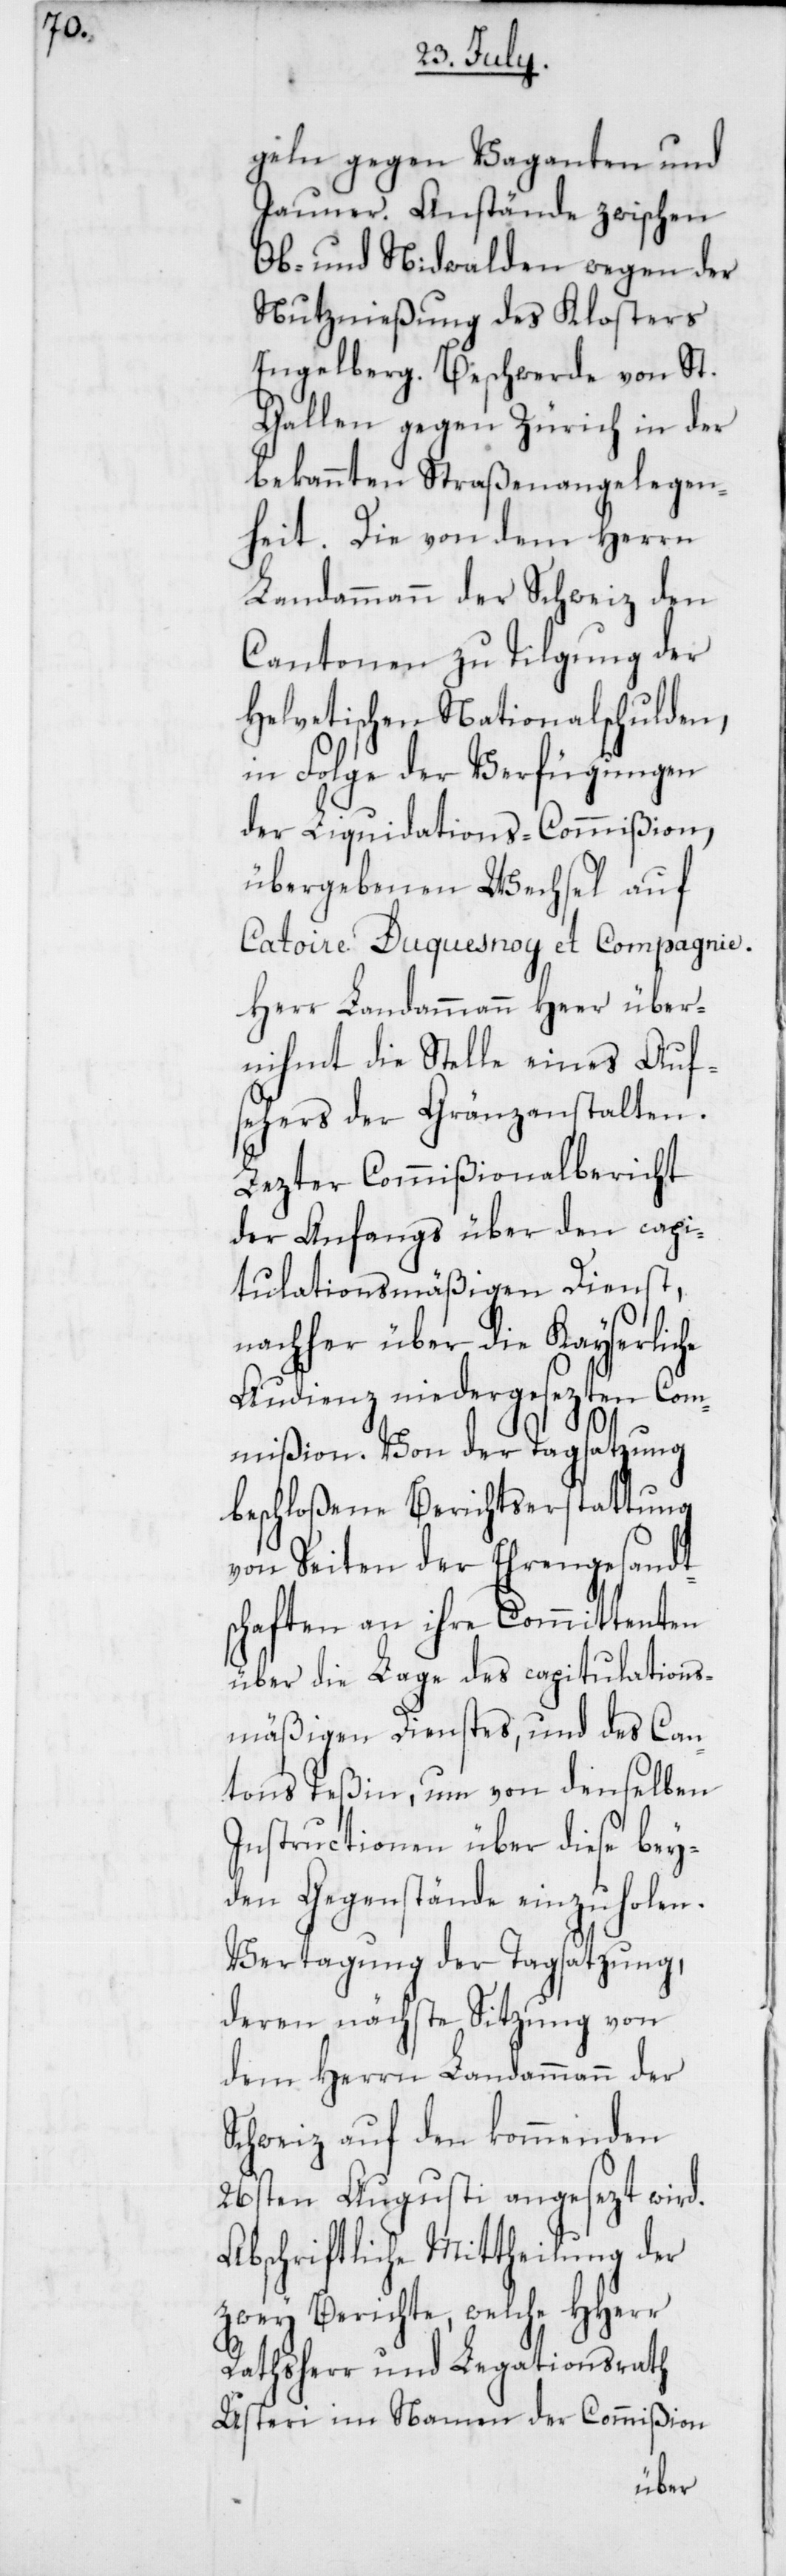
geln gegen Vaganten und
Jauner. Anstände zwischen
Ob- und Nidwalden wegen der
Nutznießung des Klosters
Engelberg. Beschwerde von St.
Gallen gegen Zürich in der
bekannten Straßenangelegen¬
heit. Die von dem Herrn
Landammann der Schweiz den
Cantonen zu Tilgung der
Helvetischen Nationalschulden,
in Folge der Verfügungen
der Liquidations-Commißion,
übergebenen Wechsel auf
Catoire Duquesnoy et Compagnie.
Herr Landammann Heer über¬
nihmt die Stelle eines Auf¬
sehers der Gränzanstalten.
Lezter Commißionalbericht
der Anfangs über den capi¬
tulationsmäßigen Dienst,
nachher über die Kayserliche
Audienz niedergesezten Com¬
mißion. Von der Tagsatzung
beschloßene Berichtserstattung
von Seiten der Ehrengesandt¬
schaften an ihre Committenten
über die Lage des capitulations¬
mäßigen Dienstes, und des Can¬
tons Teßin, um von denselben
Instructionen über diese bey¬
den Gegenstände einzuholen.
Vertagung der Tagsatzung,
deren nächste Sitzung von
dem Herrn Landammann der
Schweiz auf den kommenden
26sten Augusti angesezt wird.
Abschriftliche Mittheilung der
zwey Berichte, welche HHerr
Rathsherr und Legationsrath
Usteri im Namen der Commißion